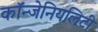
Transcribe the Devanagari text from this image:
कॉन्जेनियलिटी